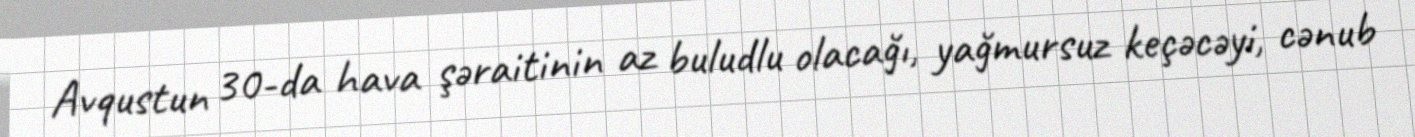
Avqustun 30-da hava şəraitinin az buludlu olacağı, yağmursuz keçəcəyi, cənub